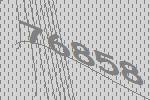
76858